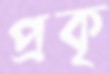
প্রকৃ